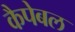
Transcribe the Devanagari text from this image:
कैपेबल